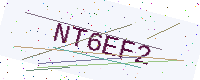
Text: NT6EF2